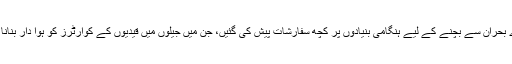
رپورٹ میں پاکستان کے 8 سب سے زیادہ بھرے ہوئی جیلوں میں صحت کے بڑے بحران سے بچنے کے لیے ہنگامی بنیادوں پر کچھ سفارشات پیش کی گئیں، جن میں جیلوں میں قیدیوں کے کوارٹرز کو ہوا دار بنانا اور روزانہ ہر قیدی کے لیے 10 سے 15 لیٹر پانی کا حصول لازمی قرار دیا گیا۔